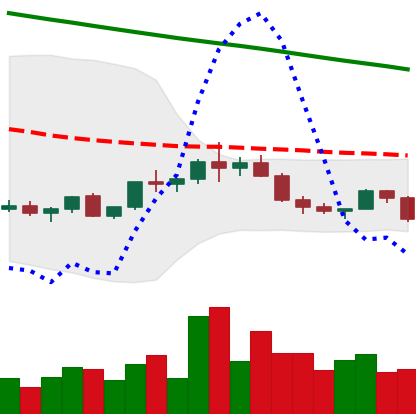
Ticker: ADA-USD
Chart end date: 2022-02-17
Forward return: -12.833%
Label: down_7plus